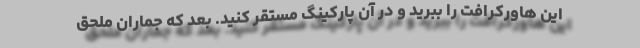
این هاورکرافت را ببرید و در آن پارکینگ مستقر کنید. بعد که جماران ملحق